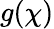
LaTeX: g(\chi)